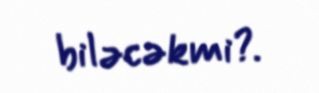
biləcəkmi?.